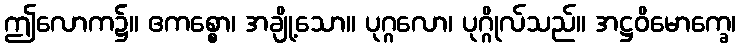
ဤလောက၌။ ဧကစ္စော၊ အချို့သော။ ပုဂ္ဂလော၊ ပုဂ္ဂိုလ်သည်။ အဋ္ဌဝိမောက္ခေ၊